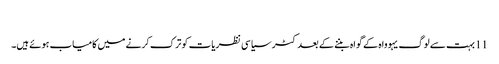
‏
11 بہت سے لوگ یہوواہ کے گواہ بننے کے بعد کٹر سیاسی نظریات کو ترک کرنے میں کامیاب ہوئے ہیں۔